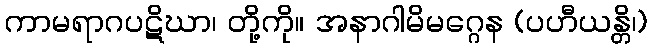
ကာမရာဂပဋိဃာ၊ တို့ကို။ အနာဂါမိမဂ္ဂေန (ပဟီယန္တိ၊)